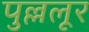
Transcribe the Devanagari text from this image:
पुल्ललूर